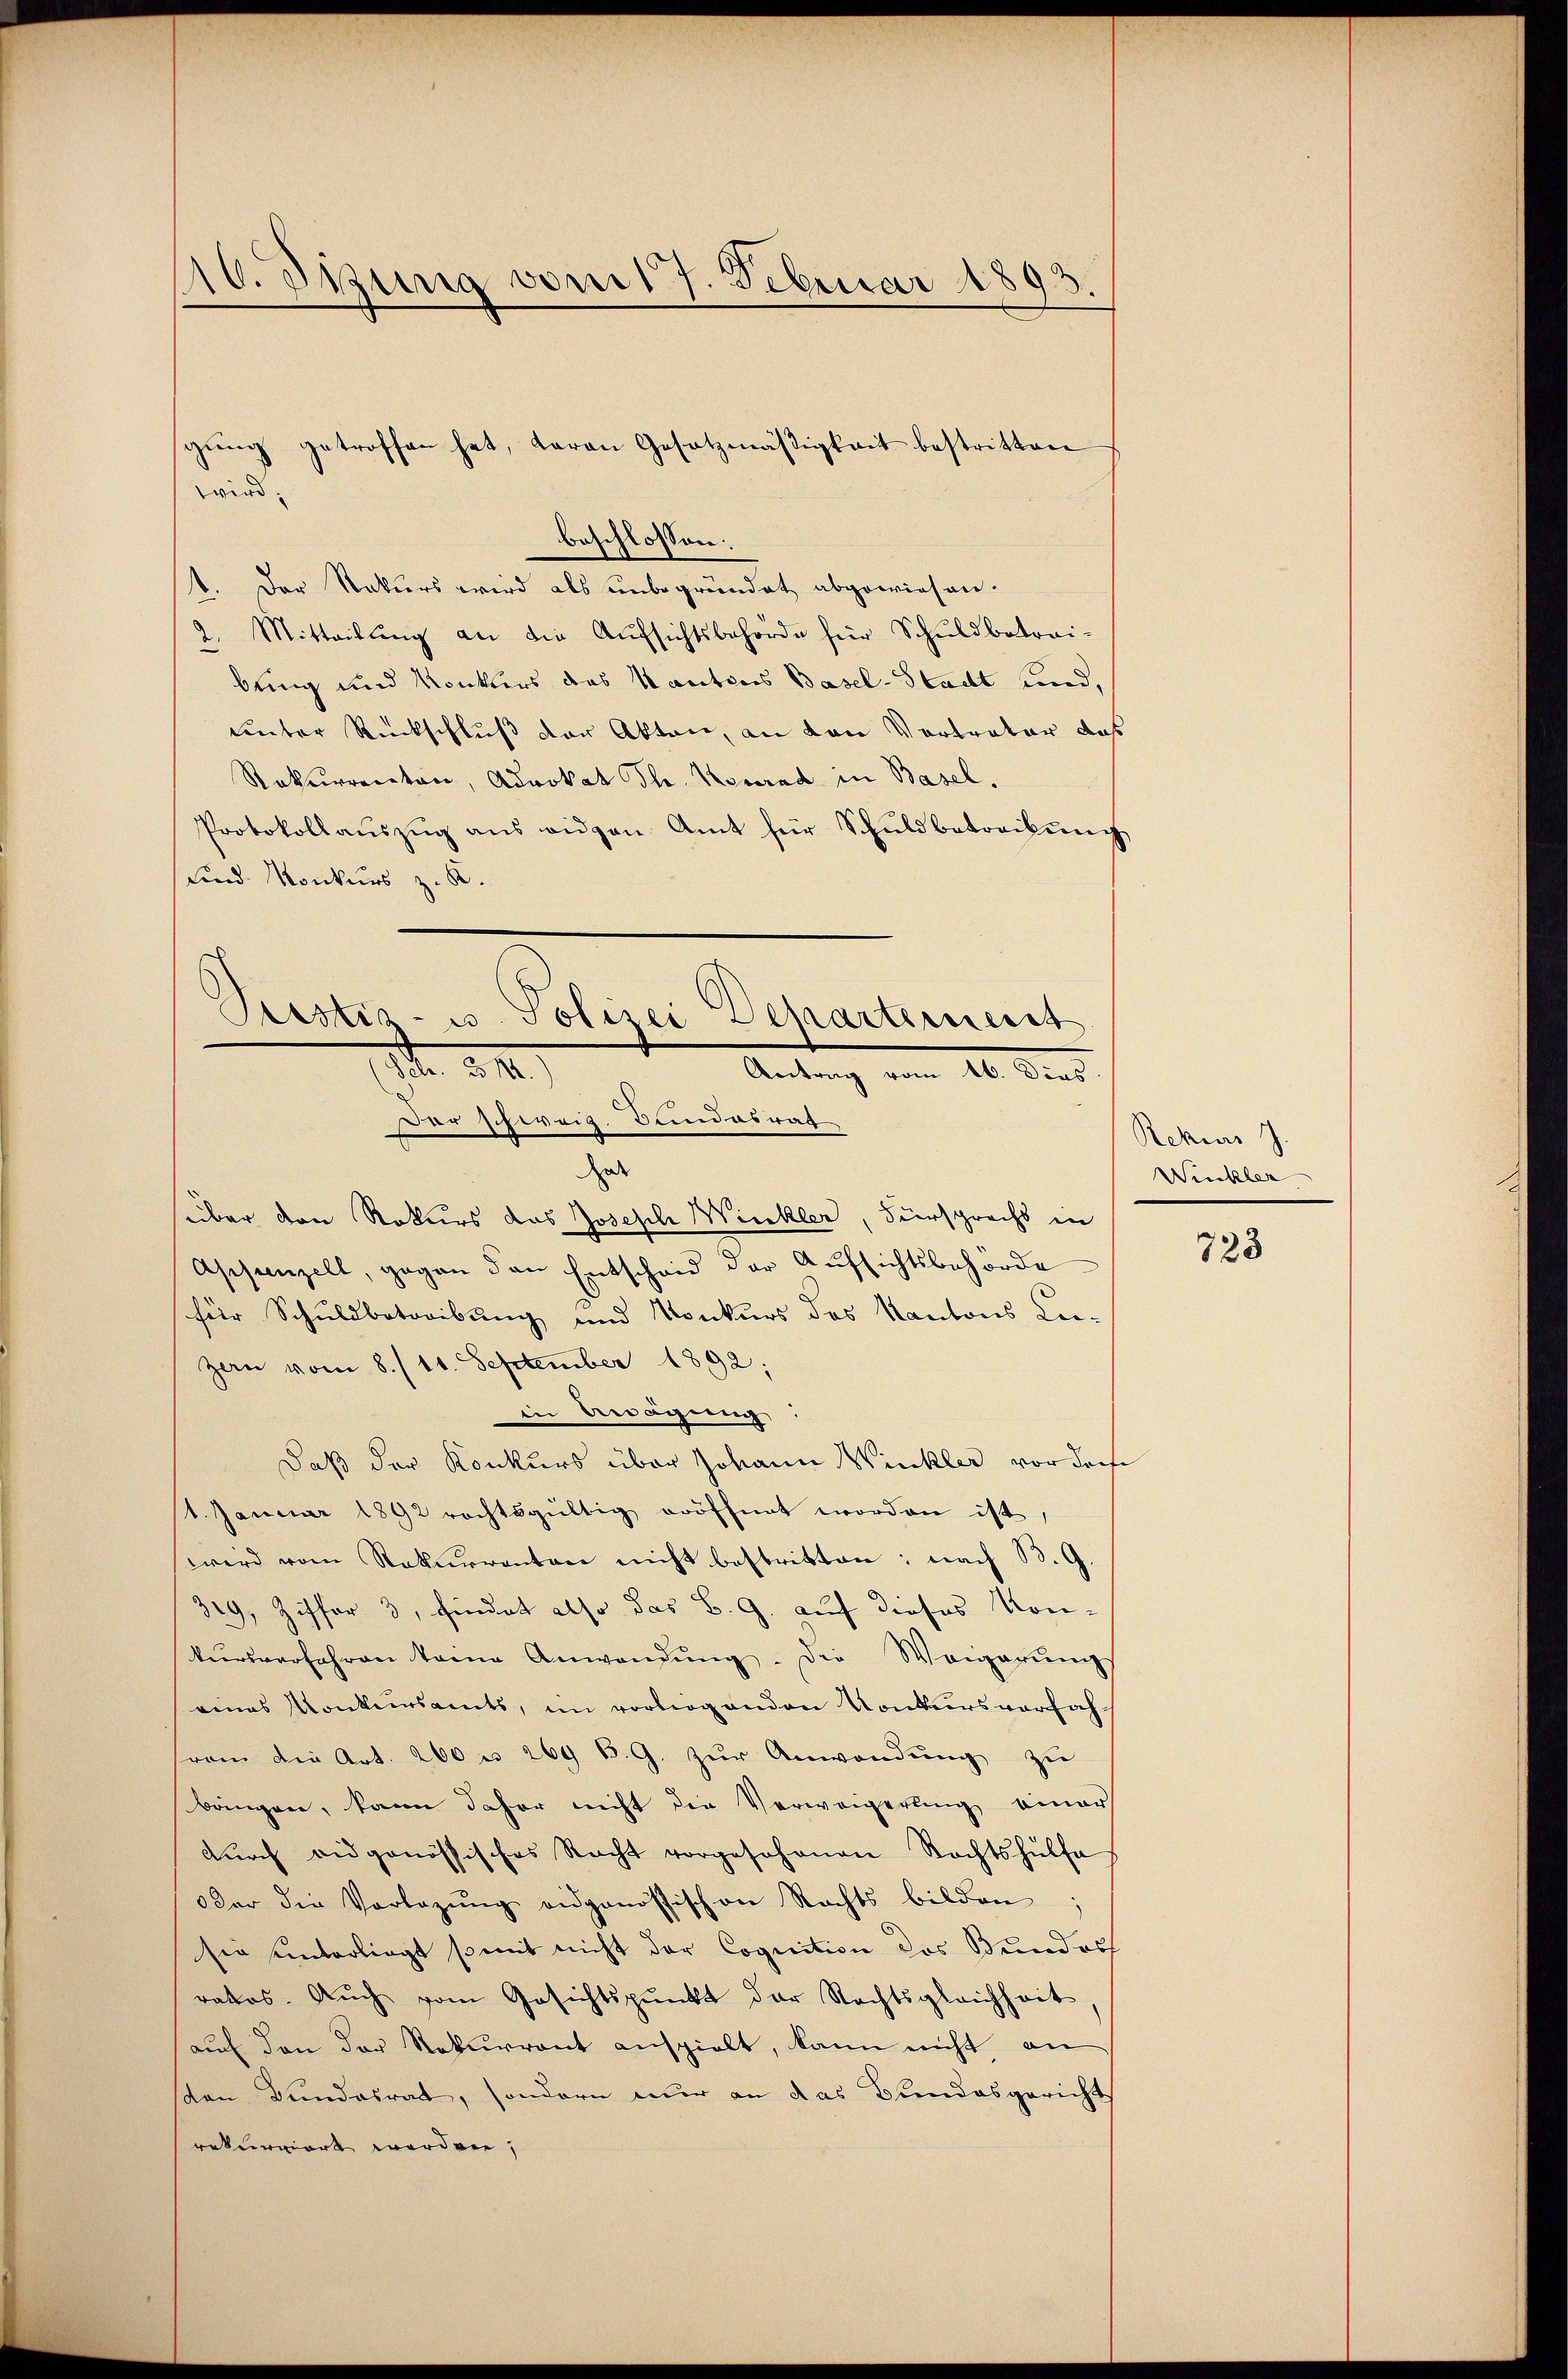
10. Jung vom 17. Februar 1893

wird
beschlossen:
1. Der Rekurs wird als unbegründet abgewiesen.
" Mitteilŭng an die Aufsichtsbehörde für Schuldbetrei-
bung und Konkurs das Kantons Basel-Stadt und,
unter Rückschluß der Akten, an den Vertrator, daß
Rekurrecton, Advokat Thr. Konrad in Basel.
Protokollaŭszŭg ans eidgen. Amt für Schuldbetreibung
und Konkurs z. B.

gŭng getroffen hat, daran Gesetzmäßigkeit bestritten

Pustiz- u. Polizei Departemess
Str. d. 11.
Antrag vom 10. ders
Dar schweiz. Bundesrat

dat
über den Rekurs das Joseph Winkler, Fürsprachs in
Appenzell, gegen den Entscheid der Aŭfsichtsbehörde
für Schuldbetreibung und Konkurs des Kantons Lei-
Zan vom 8./11. September 1892;
in Anägung:
Daß der Konkurs über Johann Winkler vor dem
1. Januar 1892 rechtsgültig eröffnet worden ist,
wird vom Rekurrenten nicht bestritten; nach B. G.
319, Ziffer 3, findet also das B. G. auf dieses Kon-
kursverfahren keine Anwendung. Die Weigerungs
eines Monkersamts, im vorliegenden Konkursverfah-
von die Art. 200 u. 269 B. G. zŭr Anwendŭng zu
bringen, kann daher nicht die Verweigerung einer
dŭrch eidgenössisches Nacht vorgesehenen Rechtshülfe
der die Vorlegŭng angenössischen Rechts bilden:
sie unterliegt somit nicht der Cognition des Bundess
rakos. Auch vom Gesichtspunkt der Rechtsgleichheit
auf den der Rekurrent anspielt, kann nicht an
ten Bundesrat, sondern nur an das Bundesgericht
rekurriert werden,

Rekurs J.
Winkler

723